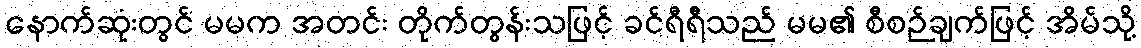
နောက်ဆုံးတွင် မမက အတင်း တိုက်တွန်းသဖြင့် ခင်ရီရီသည် မမ၏ စီစဉ်ချက်ဖြင့် အိမ်သို့